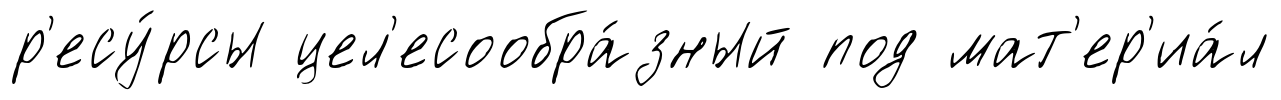
р'есу́рсы цел'есообра́зный под мат'ер'иа́л